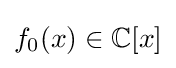
f_{0}(x)\in \mathbb {C} [x]